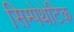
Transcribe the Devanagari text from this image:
सिम्पेथेटिक